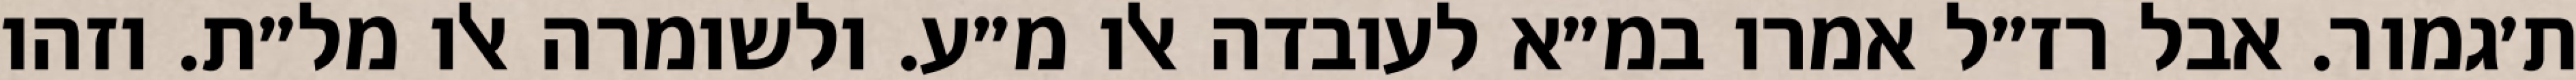
ת׳גמור. אבל רז״ל אמרו במ״א לעובדה אלו מ״ע. ולשומרה אלו מל״ת. וזהו